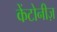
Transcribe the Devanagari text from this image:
केंटोनीज़